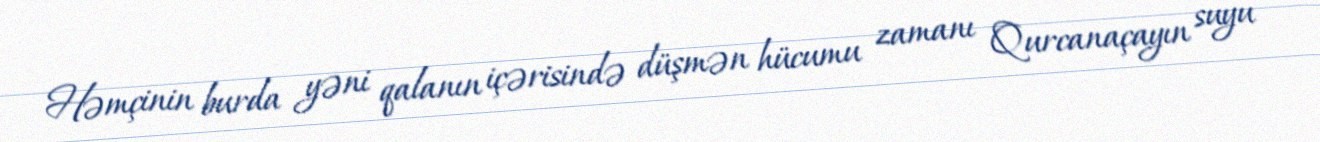
Həmçinin burda yəni qalanın içərisində düşmən hücumu zamanı Qurcanaçayın suyu